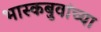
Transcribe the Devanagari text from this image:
भास्कबुवांच्या